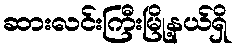
ဆားလင်းကြီးမြို့နယ်ရှိ